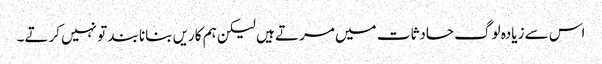
اس سے زیادہ لوگ حادثات میں مرتے ہیں لیکن ہم کاریں بنانا بند تو نہیں کرتے۔